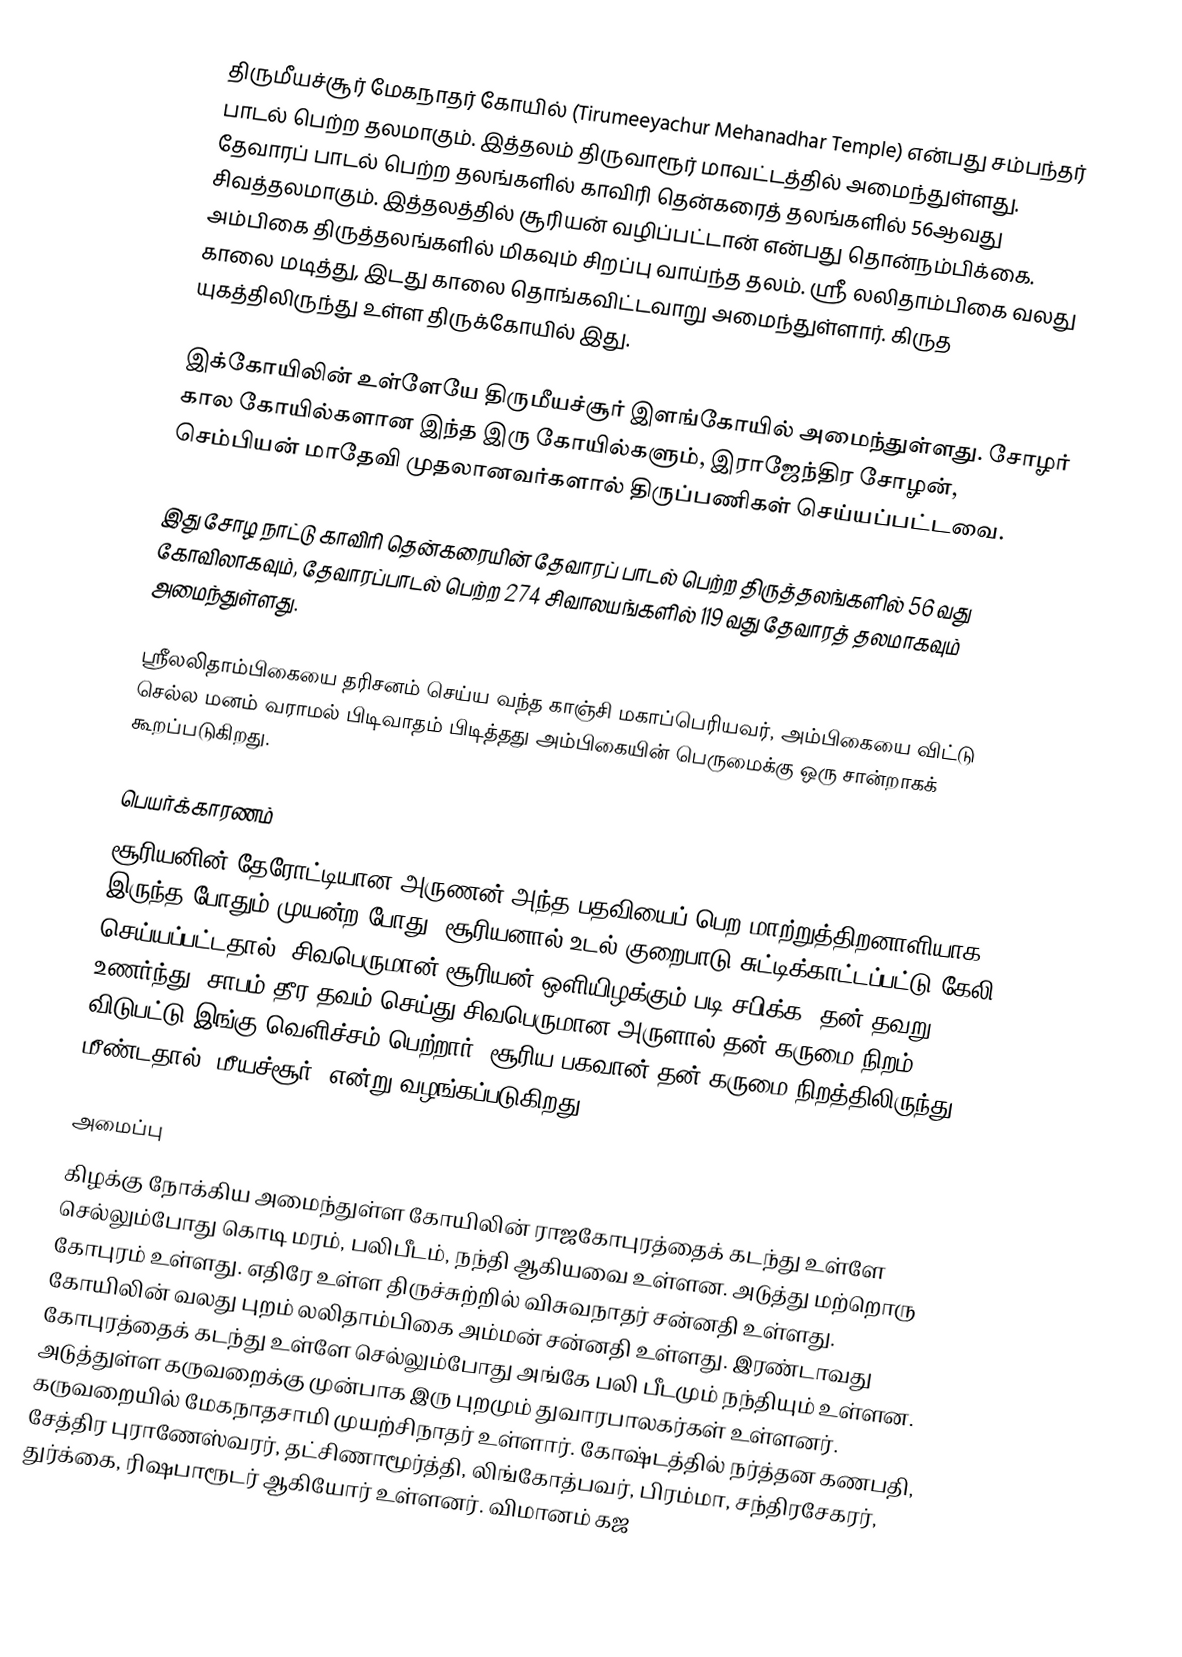
திருமீயச்சூர் மேகநாதர் கோயில் (Tirumeeyachur Mehanadhar Temple) என்பது சம்பந்தர் பாடல் பெற்ற தலமாகும். இத்தலம் திருவாரூர் மாவட்டத்தில் அமைந்துள்ளது. தேவாரப் பாடல் பெற்ற தலங்களில் காவிரி தென்கரைத் தலங்களில் 56ஆவது சிவத்தலமாகும். இத்தலத்தில் சூரியன் வழிப்பட்டான் என்பது தொன்நம்பிக்கை. அம்பிகை திருத்தலங்களில் மிகவும் சிறப்பு வாய்ந்த தலம். ஸ்ரீ லலிதாம்பிகை வலது காலை மடித்து, இடது காலை தொங்கவிட்டவாறு அமைந்துள்ளார். கிருத யுகத்திலிருந்து உள்ள திருக்கோயில் இது.

இக்கோயிலின் உள்ளேயே திருமீயச்சூர் இளங்கோயில் அமைந்துள்ளது. சோழர் கால கோயில்களான இந்த இரு கோயில்களும், இராஜேந்திர சோழன், செம்பியன் மாதேவி முதலானவர்களால் திருப்பணிகள் செய்யப்பட்டவை.

இது சோழ நாட்டு காவிரி தென்கரையின் தேவாரப் பாடல் பெற்ற திருத்தலங்களில் 56 வது கோவிலாகவும், தேவாரப்பாடல் பெற்ற 274 சிவாலயங்களில் 119 வது தேவாரத் தலமாகவும் அமைந்துள்ளது.

ஸ்ரீலலிதாம்பிகையை தரிசனம் செய்ய வந்த காஞ்சி மகாப்பெரியவர், அம்பிகையை விட்டு செல்ல மனம் வராமல் பிடிவாதம் பிடித்தது அம்பிகையின் பெருமைக்கு ஒரு சான்றாகக் கூறப்படுகிறது.

பெயர்க்காரணம்
சூரியனின் தேரோட்டியான அருணன் அந்த பதவியைப் பெற மாற்றுத்திறனாளியாக இருந்த போதும் முயன்ற போது, சூரியனால் உடல் குறைபாடு சுட்டிக்காட்டப்பட்டு கேலி செய்யப்பட்டதால், சிவபெருமான் சூரியன் ஒளியிழக்கும் படி சபிக்க, தன் தவறு உணர்ந்து, சாபம் தீர தவம் செய்து சிவபெருமான அருளால் தன் கருமை நிறம் விடுபட்டு இங்கு வெளிச்சம் பெற்றார். சூரிய பகவான் தன் கருமை நிறத்திலிருந்து மீண்டதால் ’மீயச்சூர்’ என்று வழங்கப்படுகிறது.

அமைப்பு
கிழக்கு நோக்கிய அமைந்துள்ள கோயிலின் ராஜகோபுரத்தைக் கடந்து உள்ளே செல்லும்போது கொடி மரம், பலிபீடம், நந்தி ஆகியவை உள்ளன. அடுத்து மற்றொரு கோபுரம் உள்ளது. எதிரே உள்ள திருச்சுற்றில் விசுவநாதர் சன்னதி உள்ளது. கோயிலின் வலது புறம் லலிதாம்பிகை அம்மன் சன்னதி உள்ளது. இரண்டாவது கோபுரத்தைக் கடந்து உள்ளே செல்லும்போது அங்கே பலி பீடமும் நந்தியும் உள்ளன. அடுத்துள்ள கருவறைக்கு முன்பாக இரு புறமும் துவாரபாலகர்கள் உள்ளனர்.  கருவறையில் மேகநாதசாமி முயற்சிநாதர் உள்ளார். கோஷ்டத்தில் நர்த்தன கணபதி, சேத்திர புராணேஸ்வரர், தட்சிணாமூர்த்தி, லிங்கோத்பவர், பிரம்மா, சந்திரசேகரர், துர்க்கை, ரிஷபாரூடர் ஆகியோர் உள்ளனர். விமானம் கஜ